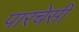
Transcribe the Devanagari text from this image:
पारचेसी